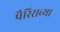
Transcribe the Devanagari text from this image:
पैरिसच्या